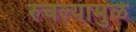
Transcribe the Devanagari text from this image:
रुचल्यामुळे